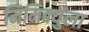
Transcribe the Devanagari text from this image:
मिमिक्युला